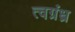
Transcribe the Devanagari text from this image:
त्वग्रंध्र